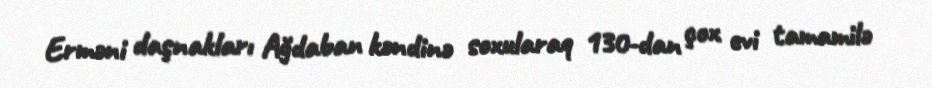
Erməni daşnakları Ağdaban kəndinə soxularaq 130-dan çox evi tamamilə